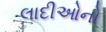
લાદીઓનો